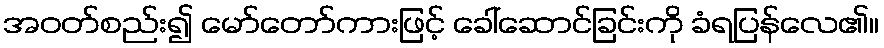
အဝတ်စည်း၍ မော်တော်ကားဖြင့် ခေါ်ဆောင်ခြင်းကို ခံရပြန်လေ၏။